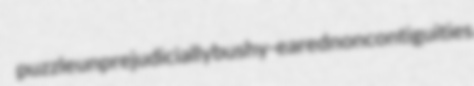
puzzle unprejudicially bushy-eared noncontiguities